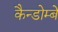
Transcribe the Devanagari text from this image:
कैन्डोम्बे